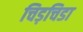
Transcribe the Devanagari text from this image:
चिड़चिडा